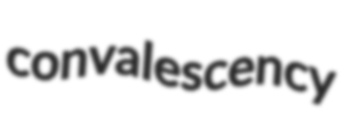
convalescency